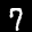
Label: 7